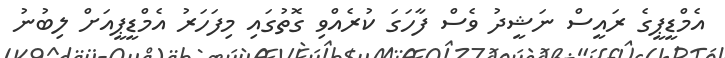
އެމްޑީޕީގެ ރައީސް ނަޝީދު ވެސް ފާހަގަ ކުރެއްވި ގޮތުގައި މިފަހަރު އެމްޑީޕީއަށް ލިބުނު